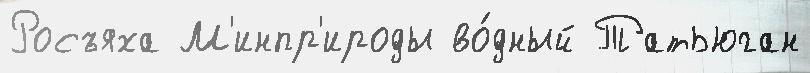
Росъяха М'инпр'ироды во́дный Татьюган